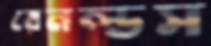
রেনল্ডস